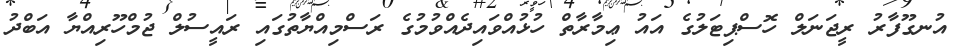
އުނގޫފާރު ރީޖަނަލް ހޮސްޕިޓަލުގެ އައު ޢިމާރާތް ހުޅުއްވައިދެއްވުމުގެ ރަސްމިއްޔާތުގައި ރައީސުލް ޖުމްހޫރިއްޔާ އަބްދު